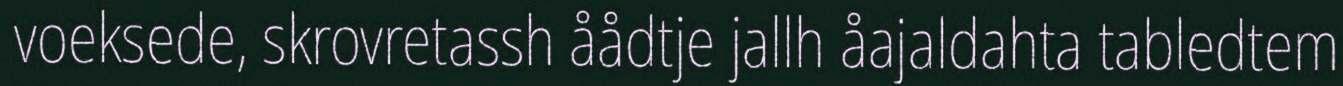
voeksede, skrovretassh åådtje jallh åajaldahta tabledtem